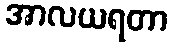
အာလယရတာ